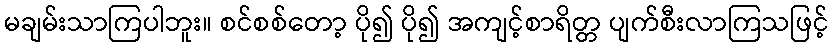
မချမ်းသာကြပါဘူး။ စင်စစ်တော့ ပို၍ ပို၍ အကျင့်စာရိတ္တ ပျက်စီးလာကြသဖြင့်